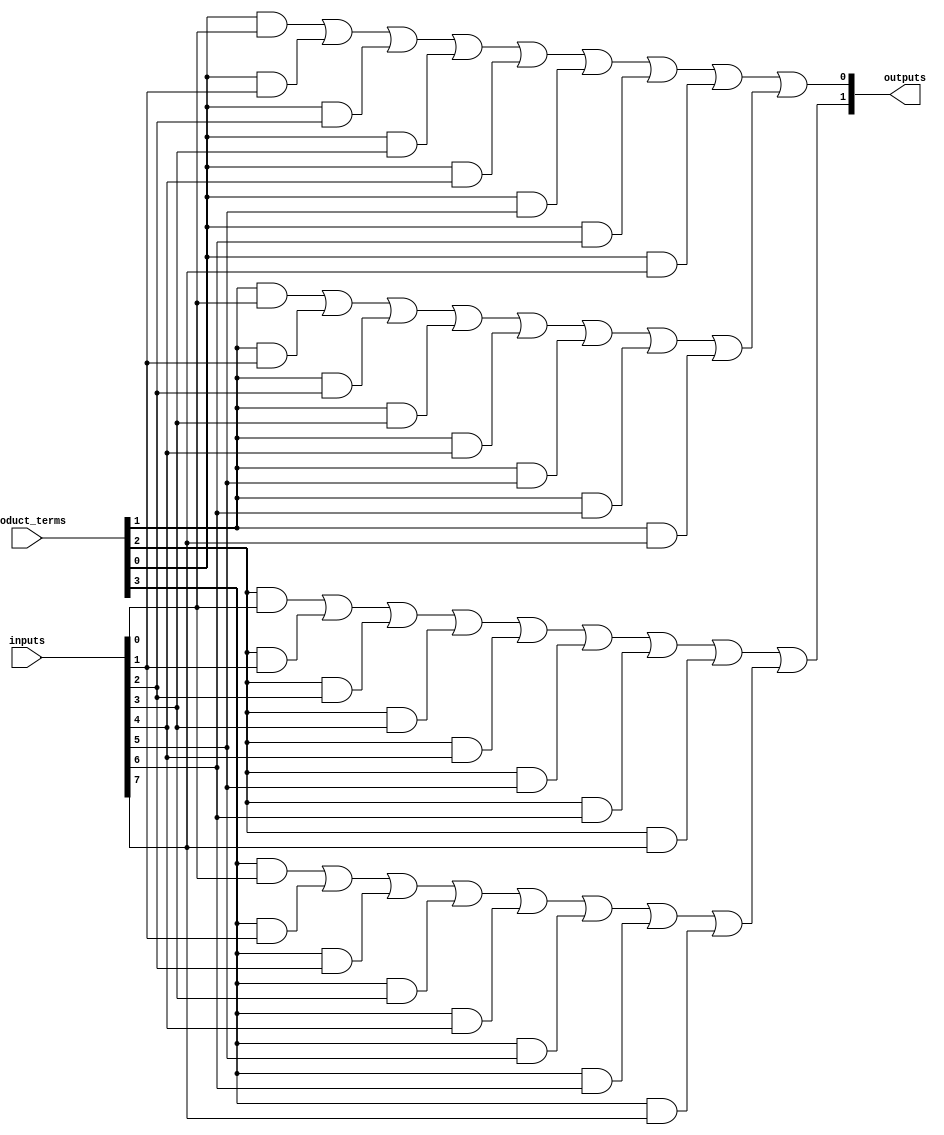
module hs_pal (
    input wire [N-1:0] inputs,      // N input lines
    input wire [M-1:0] product_terms, // M product terms (control signals to select AND gates)
    output wire [P-1:0] outputs      // P output lines
);
    parameter N = 8; // Number of input lines
    parameter M = 4; // Number of product terms
    parameter P = 2; // Number of output lines

    // Programmable AND Array
    wire [M-1:0] and_out [0:N-1]; // AND outputs for each input combination

    // Generate AND gates based on product terms
    genvar i, j;
    generate
        for (i = 0; i < M; i = i + 1) begin : and_array
            assign and_out[i] = (product_terms[i] & inputs[0]) | 
                                (product_terms[i] & inputs[1]) |
                                (product_terms[i] & inputs[2]) |
                                (product_terms[i] & inputs[3]) |
                                (product_terms[i] & inputs[4]) |
                                (product_terms[i] & inputs[5]) |
                                (product_terms[i] & inputs[6]) |
                                (product_terms[i] & inputs[7]);
        end
    endgenerate

    // Fixed OR Array
    wire [P-1:0] or_out; // Outputs of OR gates

    assign or_out[0] = and_out[0] | and_out[1]; // Example of combining product terms
    assign or_out[1] = and_out[2] | and_out[3]; // Another combination

    // Output assignment
    assign outputs = or_out;

endmodule